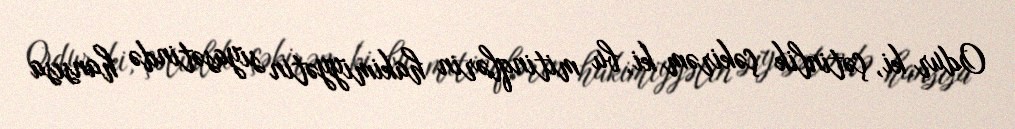
Odur ki, çətinlik çəkirəm ki, bu mitinqlərin hakimiyyətin siyasətində hansısa